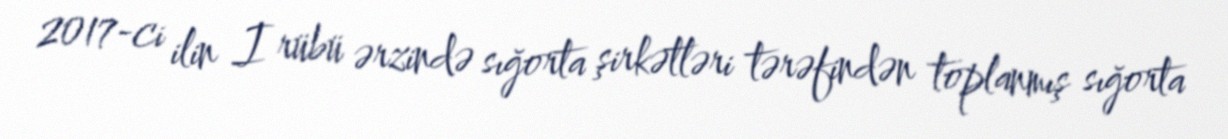
2017-ci ilin I rübü ərzində sığorta şirkətləri tərəfindən toplanmış sığorta